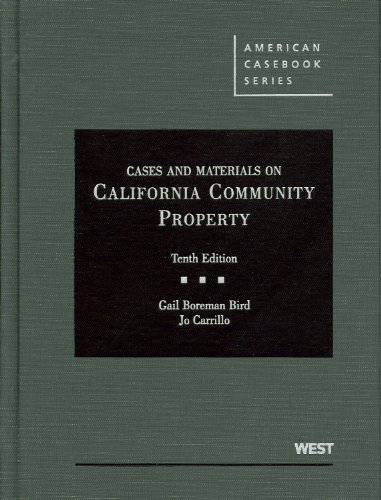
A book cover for Cases and Materials on California Community Property (American Casebook Series); Gail Bird; Law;